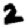
Digit: 2